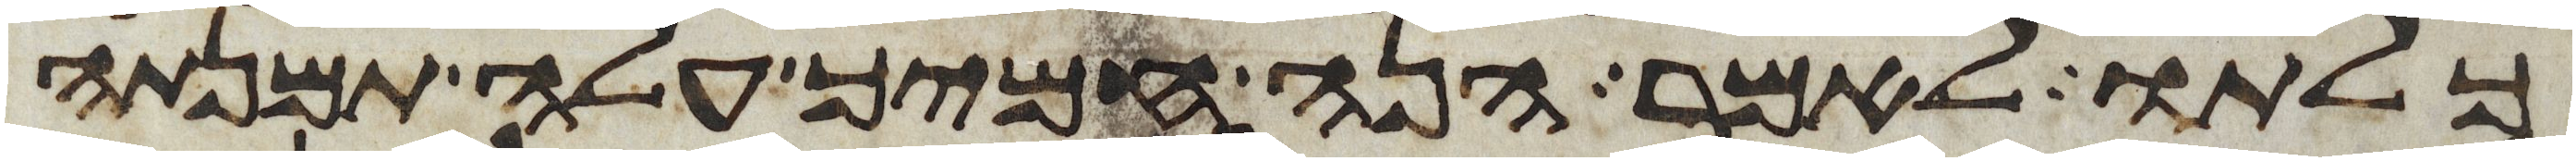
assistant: כלתו לאמר הנה חמיך עלה תמנתה